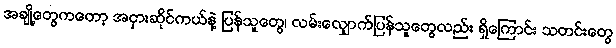
အချို့တွေကတော့ အငှားဆိုင်ကယ်နဲ့ ပြန်သူတွေ၊ လမ်းလျှောက်ပြန်သူတွေလည်း ရှိကြောင်း သတင်းတွေ